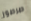
صرصور